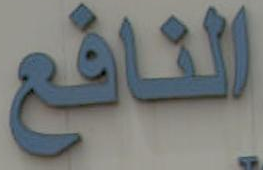
النافع